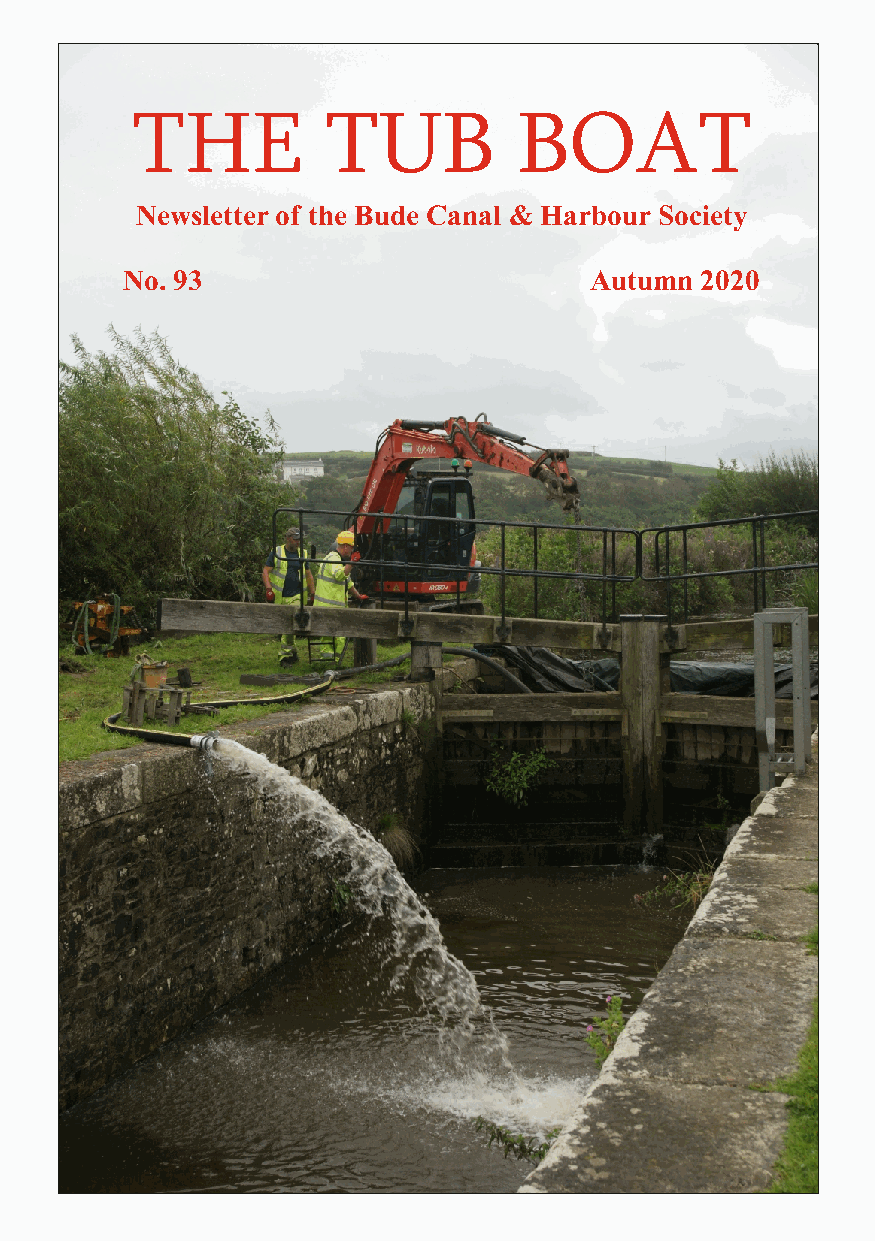
THE          TUB         BOAT
 Newsletter of the Bude Canal & Harbour Society
 No. 93                         Autumn 2020